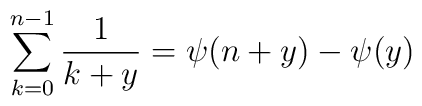
\sum^{n-1}_{k=0}\frac{1}{k+y}=\psi(n+y)-\psi(y)